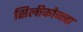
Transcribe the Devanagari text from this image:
सिलीकोनचा